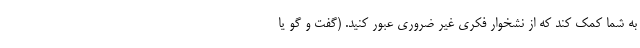
به شما کمک کند که از نشخوار فکری غیر ضروری عبور کنید. (گفت و گو یا